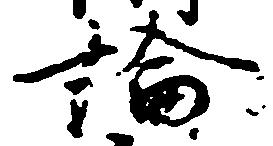
論